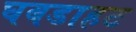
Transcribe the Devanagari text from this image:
घबडाहट